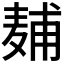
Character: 𱋖